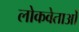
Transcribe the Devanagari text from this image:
लोकवेताओं